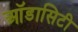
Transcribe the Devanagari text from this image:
ऑडासिटी